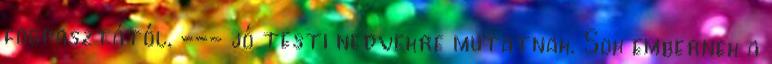
fogpasztától, --- jó testi nedvekre mutatnak. Sok embernek a